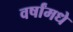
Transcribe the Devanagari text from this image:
वर्षांमधे